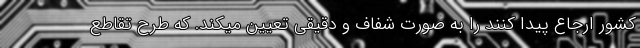
کشور ارجاع پیدا کنند را به صورت شفاف و دقیقی تعیین میکند. که طرح تقاطع